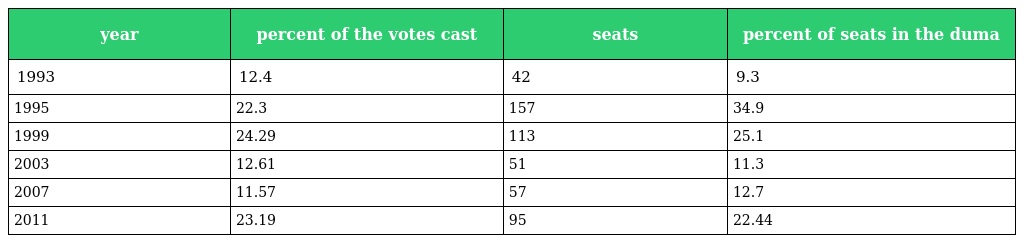
| year | percent of the votes cast | seats | percent of seats in the duma |
 | --- | --- | --- | --- |
 | 1993 | 12.4 | 42 | 9.3 |
 | 1995 | 22.3 | 157 | 34.9 |
 | 1999 | 24.29 | 113 | 25.1 |
 | 2003 | 12.61 | 51 | 11.3 |
 | 2007 | 11.57 | 57 | 12.7 |
 | 2011 | 23.19 | 95 | 22.44 |